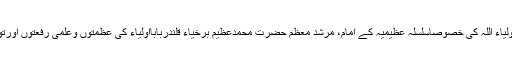
یہ تحریرلکھتے ہوئےمجھے اولیاء اللہ کی خصوصاًسلسلۂ عظیمیہ کے امام، مرشد معظم حضرت محمدعظیم برخیاء قلندربابااولیاءؒ کی عظمتوں وعلمی رفعتوں اورتوجہ کا مسلسل احساس ہوتا رہا۔